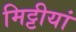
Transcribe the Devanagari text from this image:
मिट्टीयां